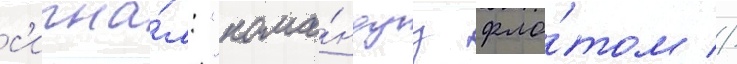
с'игна́л: "кома́ндуу фло́том //